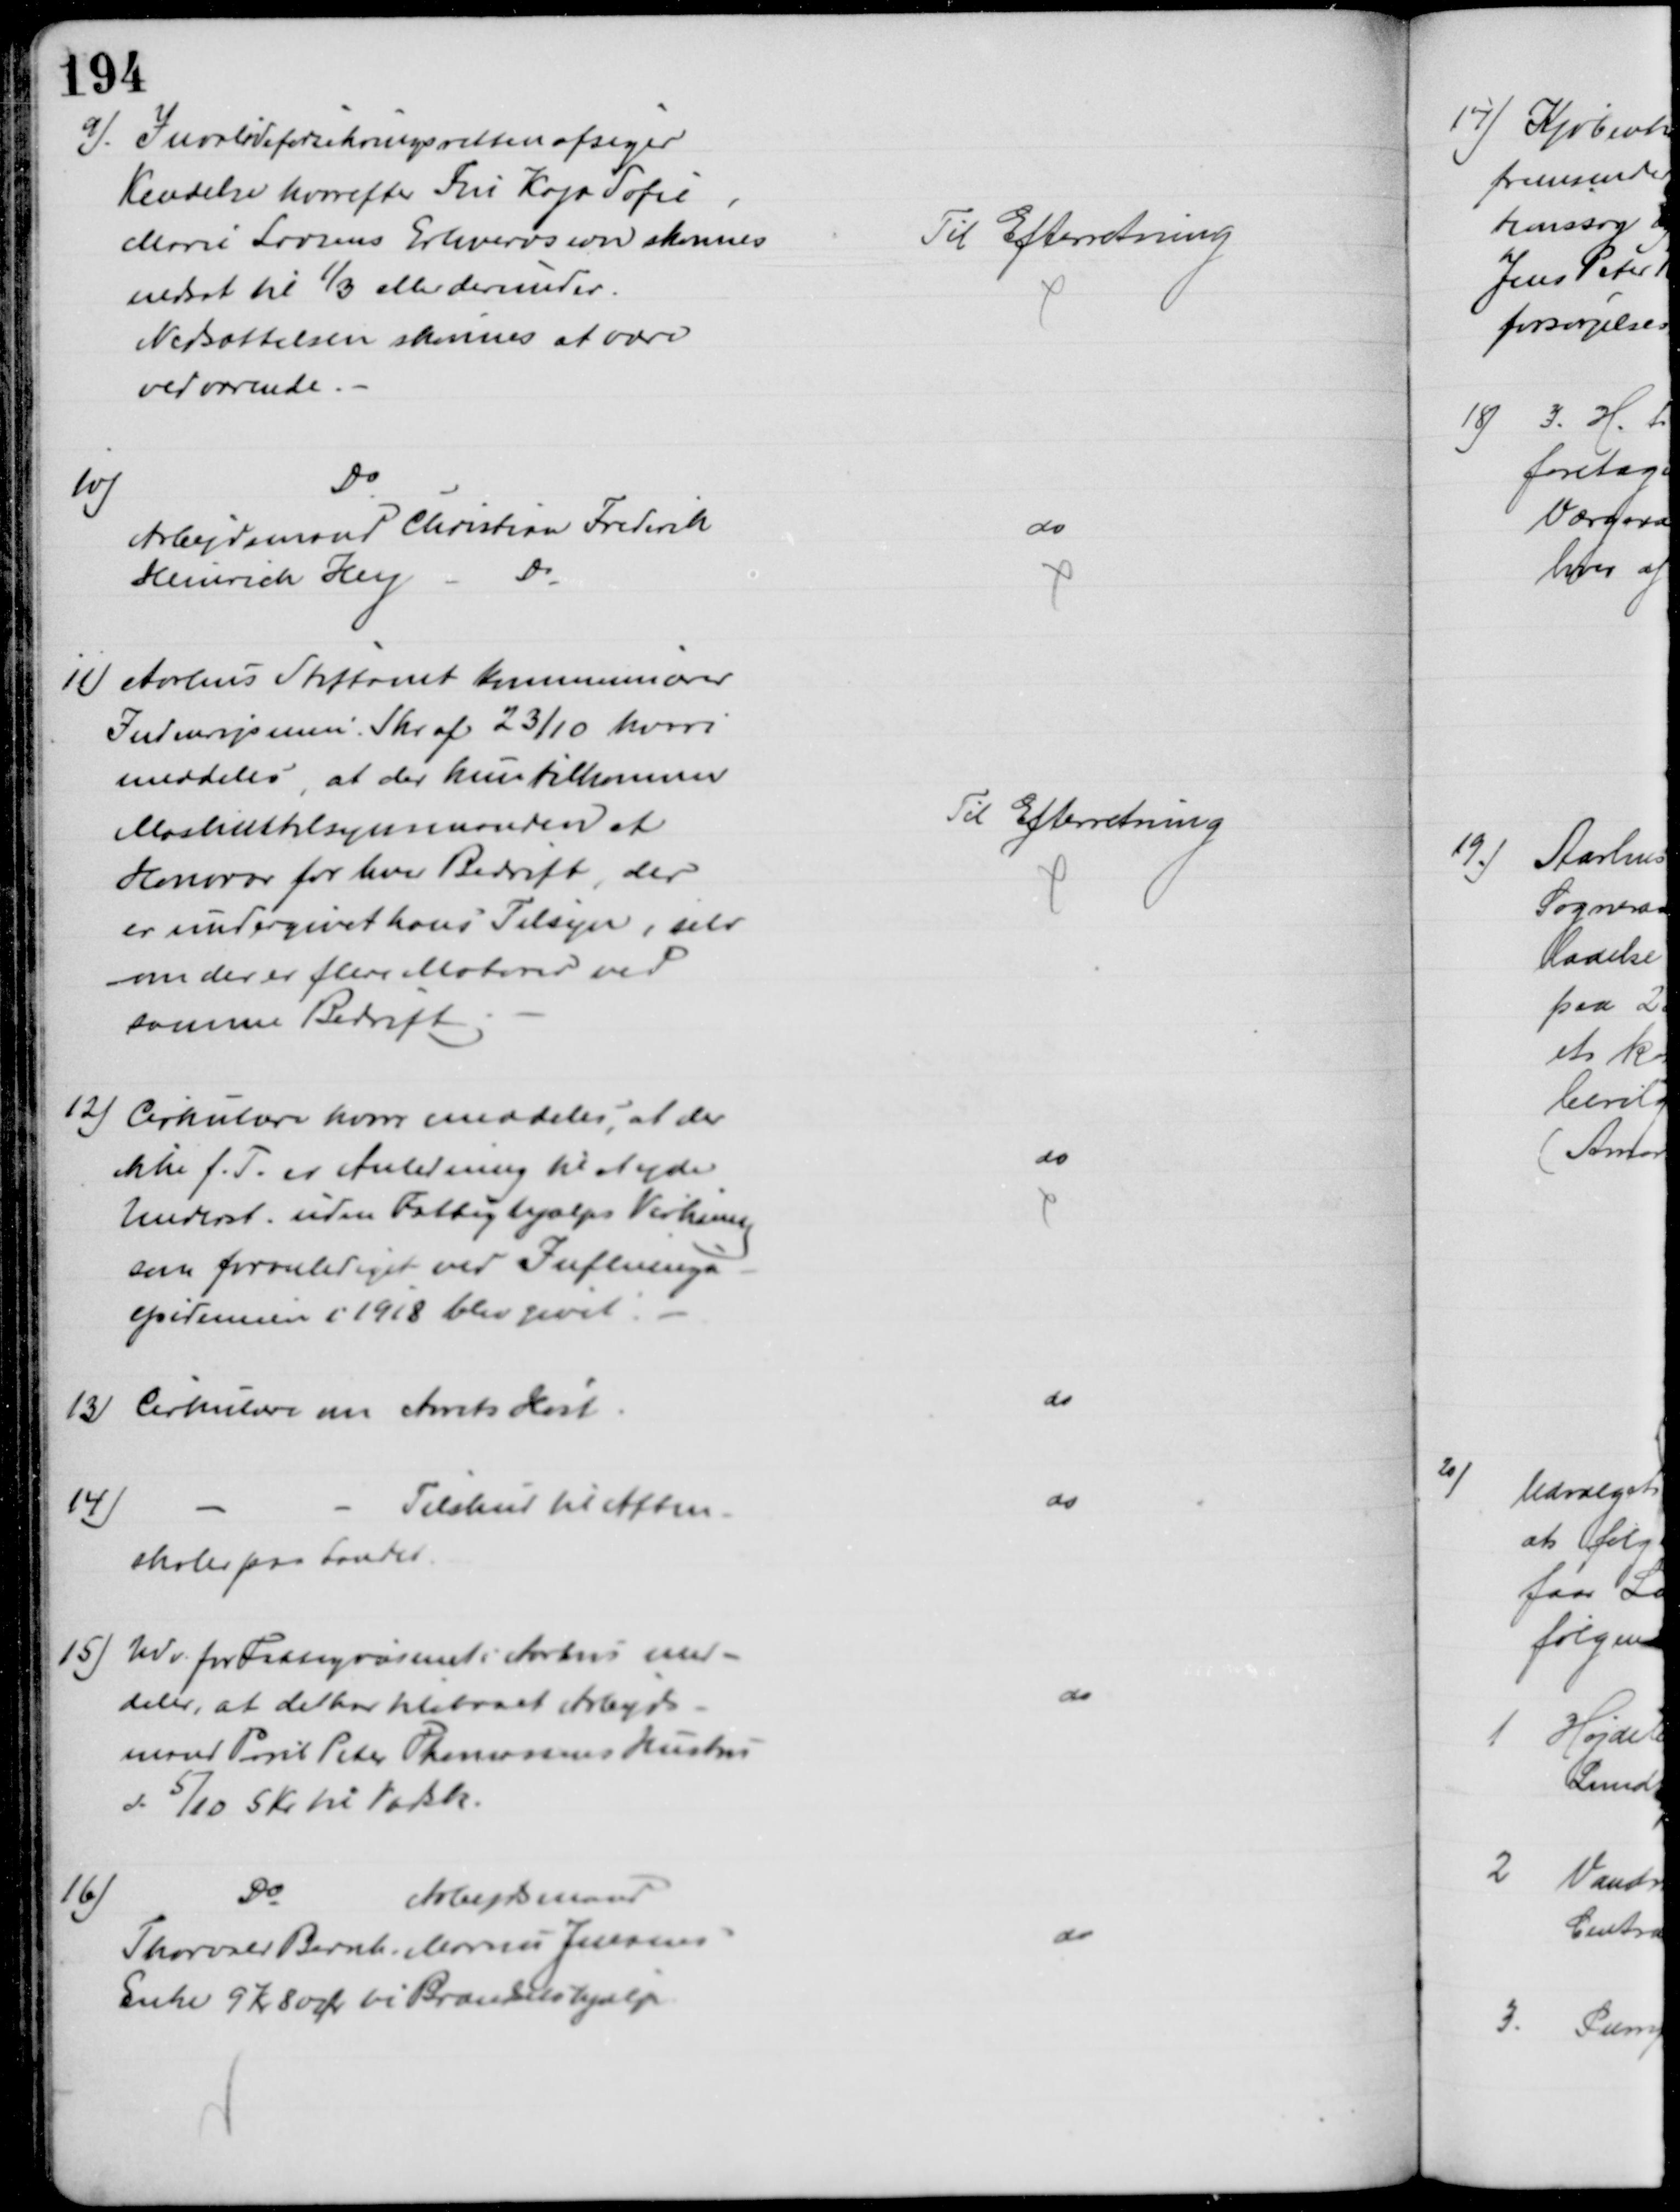
Transskription:
9). Invalideforsikringsretten afsiger
Kendelse hvorefter Fru Kaja Sofie
Marie Larsens Erhvervsevne skønnes
nedsat til ⅓ eller derunder.
Nedsættelsen skønnes at være
vedvarende.
Til Efterretning
10)
Do
Arbejdsmand Christian Frederik
Heinrich Hey
Do
do
11) Aarhus Stiftamt kommunicerer
Indenrigsmin. Skr. af 23/10 hvori
meddeles, at der kun tilkommer
Maskintilsynmanden et
Honorar for hver Bedrift, der 
er undergivet hans Tilsyn, selv
om der er flere Motorer ved
samme Bedrift
Til Efterretning
12) Cirkulære hvori meddeles, at der 
ikke f. T. er Anledning til at yde
Underst. uden Fattighjælps Virkning
som foranlediget ved Influenza-
epidemien i 1918 blev givet.
do
13) Cirkulære om Aarets Høst.
do
14)
Tilskud til Aften-
skoler paa Landet.
do
15) Udv. for Fattigvæsenet i Aarhus med-
deler, at det har tilstaaet Arbejds-
mand Poul Peter Thomassens Hustru
d. 5/10 5 Kr til Vadsk.
do
16)
Do
Arbejdsmand
Thorvald Bernh. Marius Jensens
Enke 9 Kr 80 Ør til Brændselshjælp
do